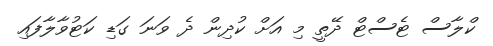
ކްލާސް ޓެސްޓް ދޭތީ މި އަށް ކުދިން ދެ ވަނަ ގަޑި ކަޓުވާލާފައި